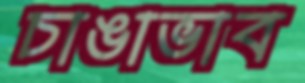
চাঙাভাব